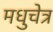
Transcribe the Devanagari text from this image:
मधुचेत्र